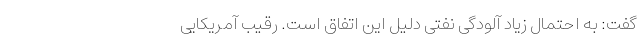
گفت: به احتمال زیاد آلودگی نفتی دلیل‌ این اتفاق است. رقیب آمریکایی